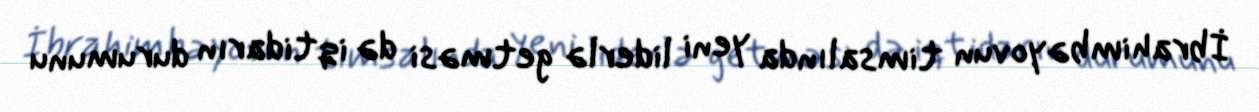
İbrahimbəyovun timsalında yeni liderlə getməsi də iqtidarın durumunu